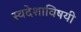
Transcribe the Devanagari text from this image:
स्वदेशाविषयी